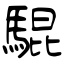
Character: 騉